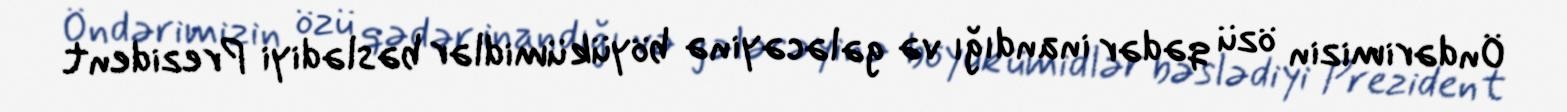
Öndərimizin özü qədər inandığı və gələcəyinə böyük ümidlər bəslədiyi Prezident